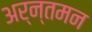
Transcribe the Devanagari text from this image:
अर्न्‍तमन